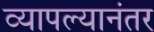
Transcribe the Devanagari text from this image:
व्यापल्यानंतर